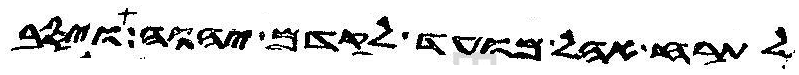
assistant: לתרח אהל מועד לקדם יהוה ויסב